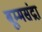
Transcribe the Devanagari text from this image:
बूम्मसंद्रा